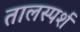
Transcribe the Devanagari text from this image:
तालस्पर्श